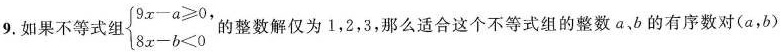
9.如果不等式组 $$\begin {cases} 9 x - a \geqslant 0 \\ \\ 8 x - b < 0 \end {cases}$$的整数解仅为1，2，3，那么适合这个不等式组的整数a 、b的有序数对(a，b)